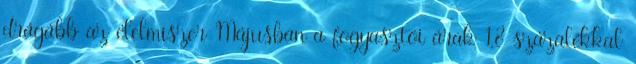
drágább az élelmiszer Májusban a fogyasztói árak 1,8 százalékkal